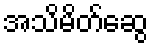
အသိမိတ်ဆွေ